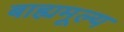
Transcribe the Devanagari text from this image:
बाह्यमूल्य